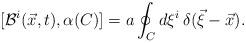
LaTeX: \begin{align*}[{\cal B}^i(\vec x,t),\alpha(C)]=a\oint_C d\xi^i\,\delta(\vec\xi-\vec x).\end{align*}